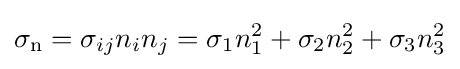
\sigma _{\text{n}}=\sigma _{ij}n_{i}n_{j}=\sigma _{1}n_{1}^{2}+\sigma _{2}n_{2}^{2}+\sigma _{3}n_{3}^{2}